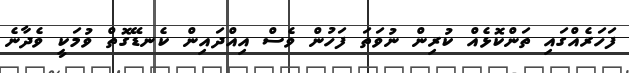
ފަހަރެއްގައި ތަންކޮޅެއް ކުރިން ނުވަތަ ފަހުން ވެސް އިއްދައިން ކެނޑޭގޮތް ވުމަކީ ވެދާނެ